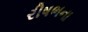
રીષભના